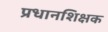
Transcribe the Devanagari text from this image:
प्रधानशिक्षक